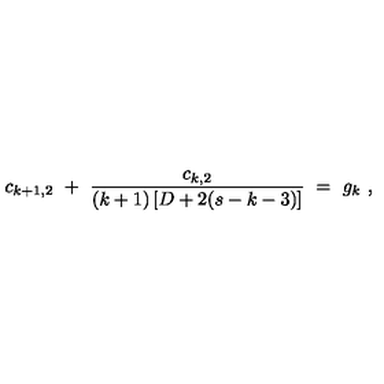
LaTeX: c _ { k + 1 , 2 } \ + \ \frac { c _ { k , 2 } } { ( k + 1 ) \left[ D + 2 ( s - k - 3 ) \right] } \ = \ g _ { k } \ ,